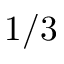
1 / 3